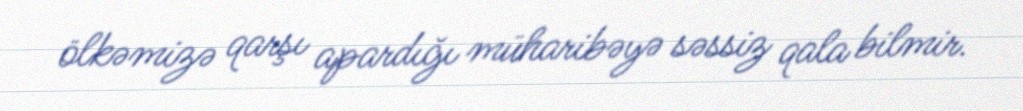
ölkəmizə qarşı apardığı müharibəyə səssiz qala bilmir.